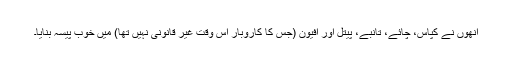
انھوں نے کپاس، چائے، تانبے، پیتل اور افیون (جس کا کاروبار اس وقت غیر قانونی نہیں تھا) میں خوب پیسہ بنایا۔